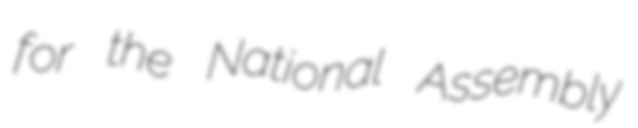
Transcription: for the National Assembly